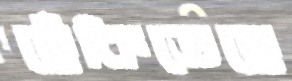
ছেঁকিতেছে